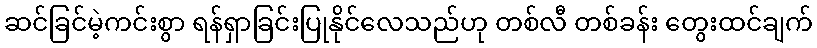
ဆင်ခြင်မဲ့ကင်းစွာ ရန်ရှာခြင်းပြုနိုင်လေသည်ဟု တစ်လီ တစ်ခန်း တွေးထင်ချက်